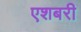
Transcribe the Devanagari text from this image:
एशबरी